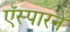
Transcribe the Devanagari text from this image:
ऍस्पारने